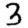
Digit: 3